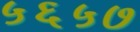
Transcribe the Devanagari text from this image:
५६५७